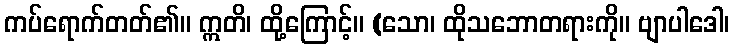
ကပ်ရောက်တတ်၏။ ဣတိ၊ ထို့ကြောင့်။ (သော၊ ထိုသဘောတရားကို။ ဗျာပါဒေါ၊